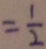
= \frac { 1 } { 2 }